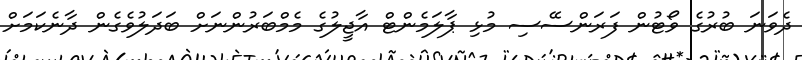
ދެވަނަ ބުރުގެ ވޯޓުން ފަރަންސޭސި މުޅި ޕާލަމެންޓް އާޖީލުގެ މެމްބަރުންނަށް ބަދަލުވެގެން ދާނެކަމަށް